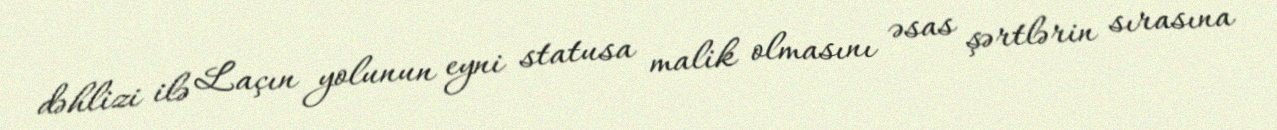
dəhlizi ilə Laçın yolunun eyni statusa malik olmasını əsas şərtlərin sırasına